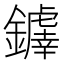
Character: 𫓗